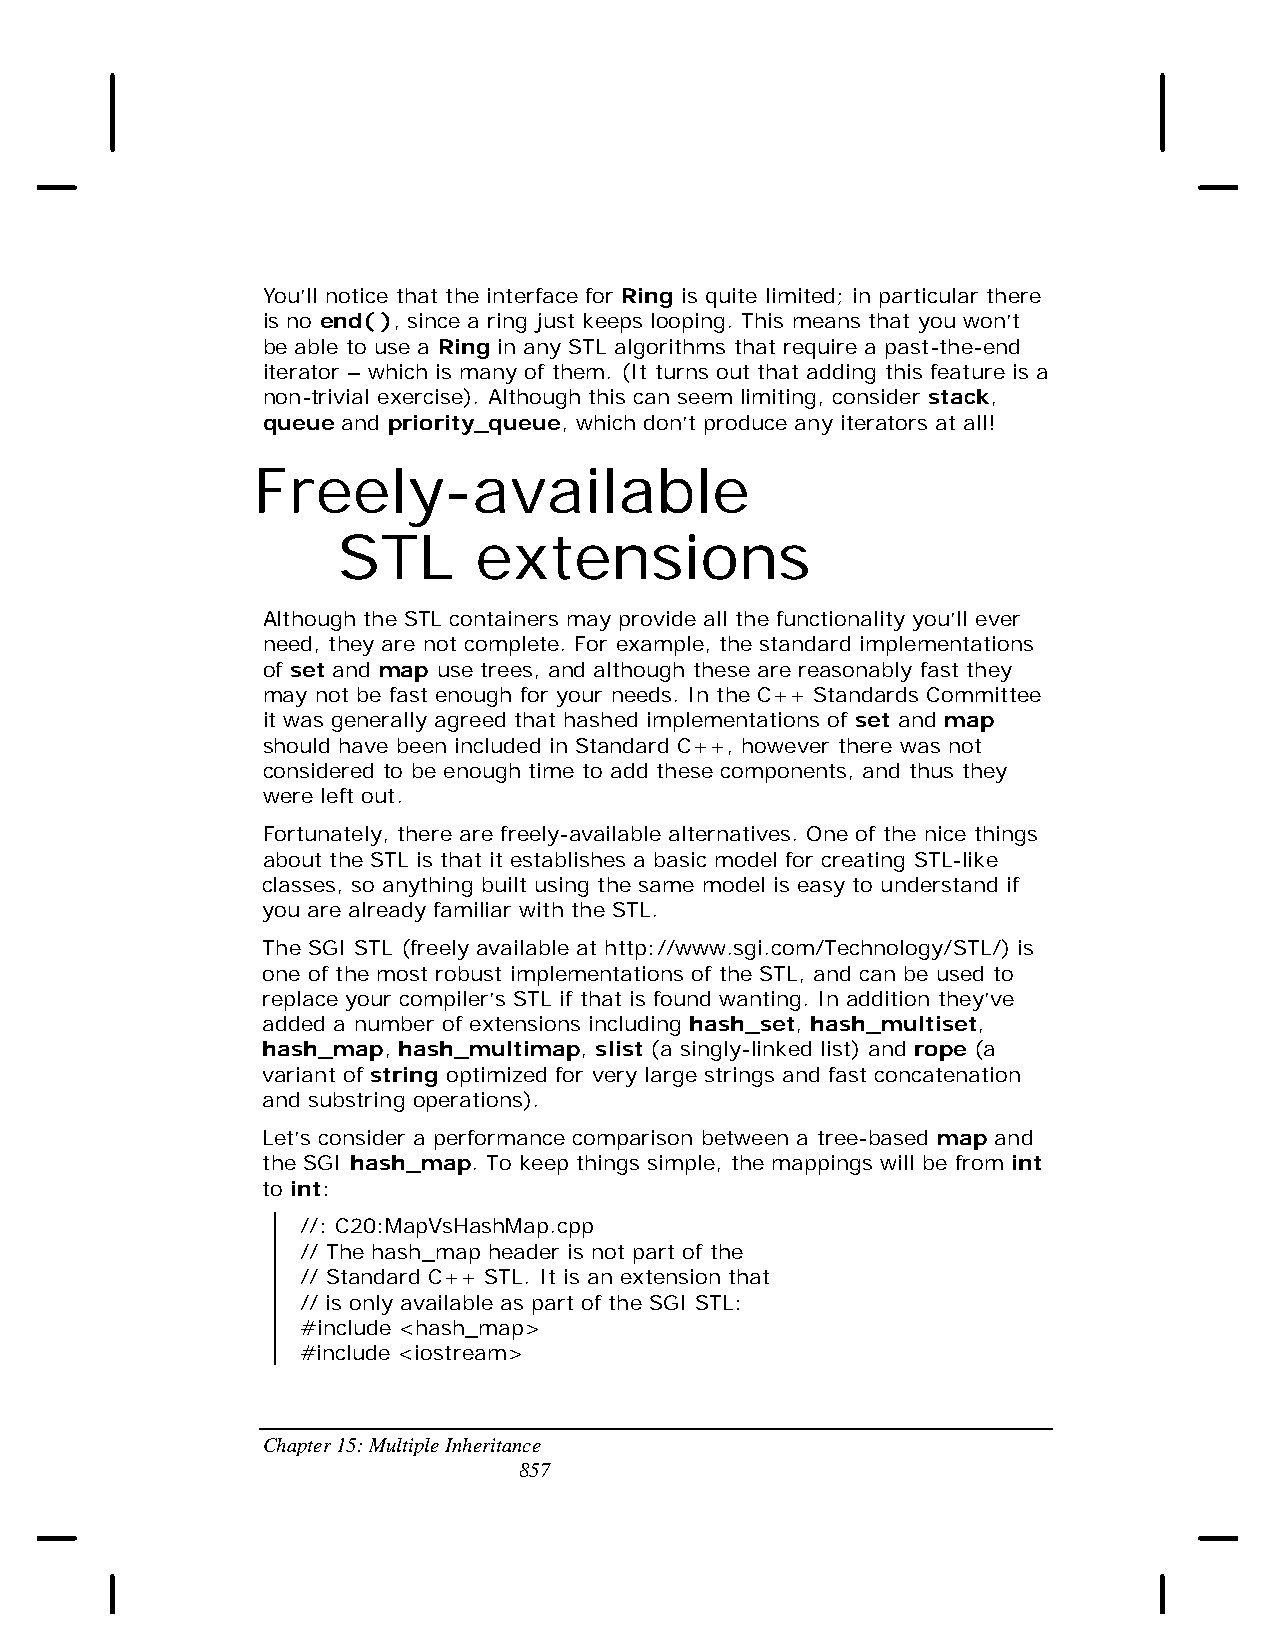
You’ll notice that the interface for Ring is quite limited; in particular there
 is no end( ), since a ring just keeps looping. This means that you won’t
 be able to use a Ring in any STL algorithms that require a past-the-end
 iterator – which is many of them. (It turns out that adding this feature is a
 non-trivial exercise). Although this can seem limiting, consider stack,
 queue and priority_queue, which don’t produce any iterators at all!
 Freely-available
 STL      extensions
 Although the STL containers may provide all the functionality you’ll ever
 need, they are not complete. For example, the standard implementations
 of set and map use trees, and although these are reasonably fast they
 may not be fast enough for your needs. In the C++ Standards Committee
 it was generally agreed that hashed implementations of set and map
 should have been included in Standard C++, however there was not
 considered to be enough time to add these components, and thus they
 were left out.
 Fortunately, there are freely-available alternatives. One of the nice things
 about the STL is that it establishes a basic model for creating STL-like
 classes, so anything built using the same model is easy to understand if
 you are already familiar with the STL.
 The SGI STL (freely available at http://www.sgi.com/Technology/STL/) is
 one of the most robust implementations of the STL, and can be used to
 replace your compiler’s STL if that is found wanting. In addition they’ve
 added a number of extensions including hash_set, hash_multiset,
 hash_map, hash_multimap, slist (a singly-linked list) and rope (a
 variant of string optimized for very large strings and fast concatenation
 and substring operations).
 Let’s consider a performance comparison between a tree-based map and
 the SGI hash_map. To keep things simple, the mappings will be from int
 to int:
 //: C20:MapVsHashMap.cpp
 // The hash_map header is not part of the
 // Standard C++ STL. It is an extension that
 // is only available as part of the SGI STL:
 #include <hash_map>
 #include <iostream>
 Chapter 15: Multiple Inheritance
 857